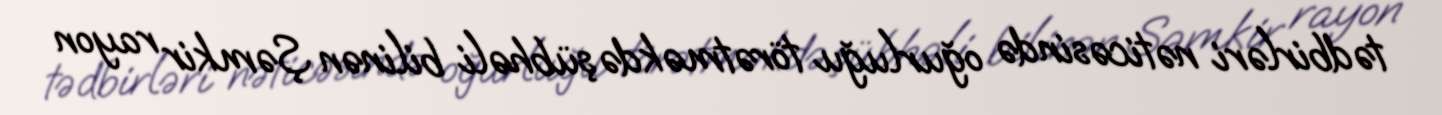
tədbirləri nəticəsində oğurluğu törətməkdə şübhəli bilinən Şəmkir rayon